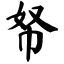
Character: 帑